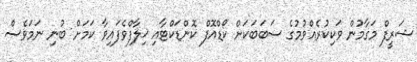
ޝަރީފް މަގާމުން ވަކިކުރެއްވުމުގެ ސަބަބަކަށް ކޯޑްއޮފް ކޮންޑަކްޓާއި ޚިލާފްވެފައިވާ ކަމަށް ބުނި ނަމަވެސް